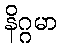
နိဂ္ဂမာ